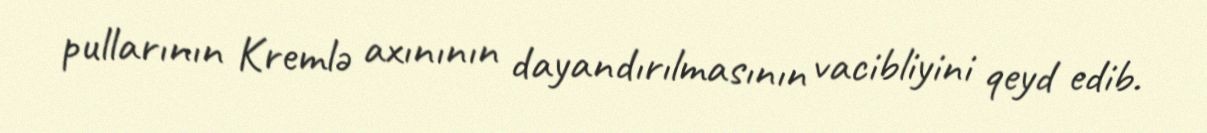
pullarının Kremlə axınının dayandırılmasının vacibliyini qeyd edib.